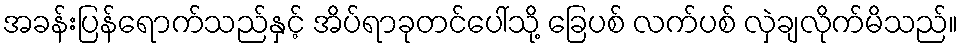
အခန်းပြန်ရောက်သည်နှင့် အိပ်ရာခုတင်ပေါ်သို့ ခြေပစ် လက်ပစ် လှဲချလိုက်မိသည်။